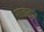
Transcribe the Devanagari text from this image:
गाङकर